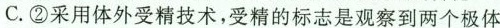
C.②采用体外受精技术，受精的标志是观察到两个极体